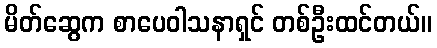
မိတ်ဆွေက စာပေဝါသနာရှင် တစ်ဦးထင်တယ်။